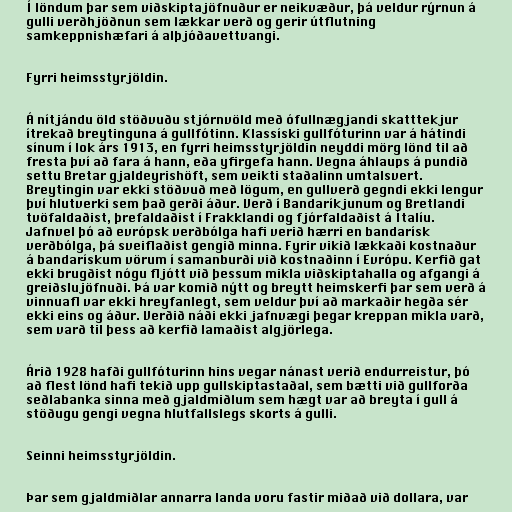
Í löndum þar sem viðskiptajöfnuður er neikvæður, þá veldur rýrnun á
gulli verðhjöðnun sem lækkar verð og gerir útflutning
samkeppnishæfari á alþjóðavettvangi.

Fyrri heimsstyrjöldin.

Á nítjándu öld stöðvuðu stjórnvöld með ófullnægjandi skatttekjur
ítrekað breytinguna á gullfótinn. Klassíski gullfóturinn var á hátindi
sínum í lok árs 1913, en fyrri heimsstyrjöldin neyddi mörg lönd til að
fresta því að fara á hann, eða yfirgefa hann. Vegna áhlaups á pundið
settu Bretar gjaldeyrishöft, sem veikti staðalinn umtalsvert.
Breytingin var ekki stöðvuð með lögum, en gullverð gegndi ekki lengur
því hlutverki sem það gerði áður. Verð í Bandaríkjunum og Bretlandi
tvöfaldaðist, þrefaldaðist í Frakklandi og fjórfaldaðist á Ítalíu.
Jafnvel þó að evrópsk verðbólga hafi verið hærri en bandarísk
verðbólga, þá sveiflaðist gengið minna. Fyrir vikið lækkaði kostnaður
á bandarískum vörum í samanburði við kostnaðinn í Evrópu. Kerfið gat
ekki brugðist nógu fljótt við þessum mikla viðskiptahalla og afgangi á
greiðslujöfnuði. Þá var komið nýtt og breytt heimskerfi þar sem verð á
vinnuafl var ekki hreyfanlegt, sem veldur því að markaðir hegða sér
ekki eins og áður. Verðið náði ekki jafnvægi þegar kreppan mikla varð,
sem varð til þess að kerfið lamaðist algjörlega.

Árið 1928 hafði gullfóturinn hins vegar nánast verið endurreistur, þó
að flest lönd hafi tekið upp gullskiptastaðal, sem bætti við gullforða
seðlabanka sinna með gjaldmiðlum sem hægt var að breyta í gull á
stöðugu gengi vegna hlutfallslegs skorts á gulli.

Seinni heimsstyrjöldin.

Þar sem gjaldmiðlar annarra landa voru fastir miðað við dollara, var